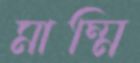
মাম্মি